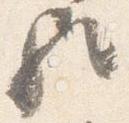
歟